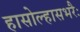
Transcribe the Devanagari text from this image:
हासोल्हासभरैः